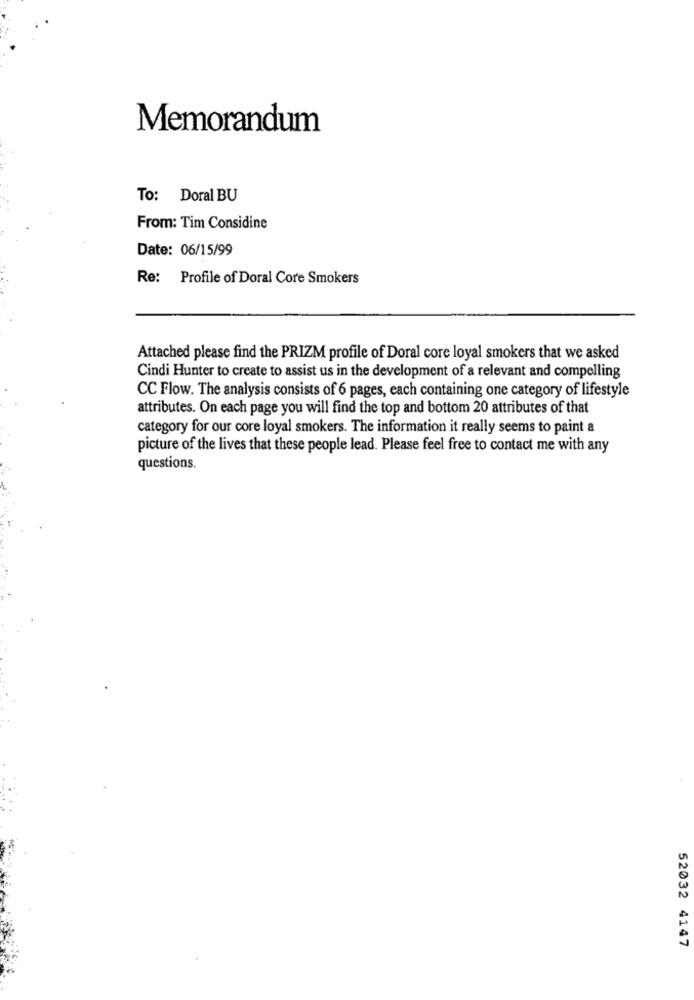
Memorandum
To: Doral BU
From: Tim Considine
Date: 06/15/99
Re: Profile of Doral Core Smokers
Attached please find the PRIZM profile of Doral core loyal smokers that we asked
Cindi Hunter to create to assist us in the development of a relevant and compelling
CC Flow. The analysis consists of 6 pages, each containing one category of lifestyle
attributes. On each page you will find the top and bottom 20 attributes of that
category for our core loyal smokers. The information it really seems to paint a
picture of the lives that these people lead. Please feel free to contact me with any
questions.
52032 4147